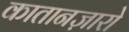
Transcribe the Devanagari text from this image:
कातानज़ारो